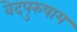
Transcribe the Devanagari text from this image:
वेदपुरुषाय